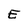
Character: E